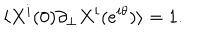
\langle X ^ { i } ( 0 ) \partial _ { \perp } X ^ { i } ( e ^ { i \theta } ) \rangle = 1 .